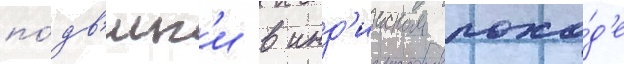
по́дв'иг'и в инд'ииском похо́д'е